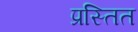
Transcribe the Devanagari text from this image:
प्रस्तित